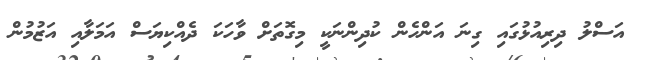
އަސްލު ދިރިއުޅުގައި ގިނަ އަންހެން ކުދިންނަކީ މިގޮތަށް ވާހަކަ ދެއްކިޔަސް އަމަލާއި އަޒުމުން